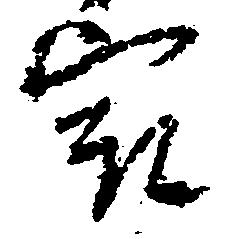
最